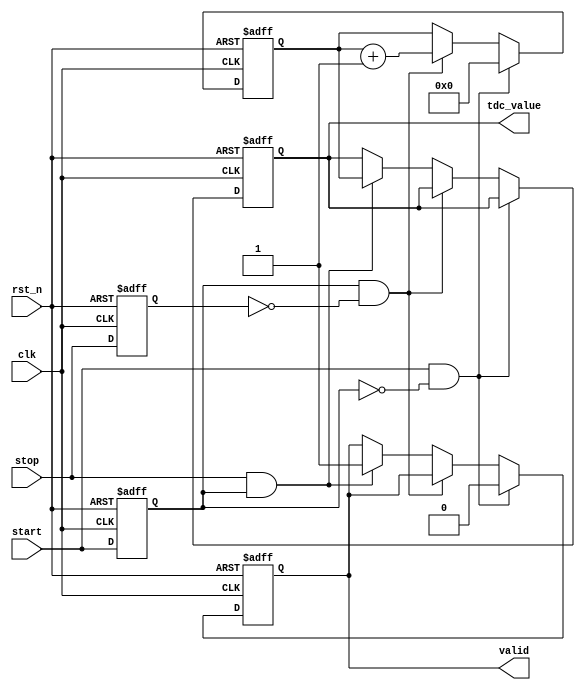
module TDC (
    input wire clk,               // High-frequency sampling clock
    input wire rst_n,             // Active-low reset
    input wire start,             // Start signal
    input wire stop,              // Stop signal
    output reg [15:0] tdc_value,  // Output time interval in clock cycles
    output reg valid              // Output valid flag
);

    parameter N = 16;             // Number of delay stages
    parameter DELAY_WIDTH = 4;    // Width of the delay line (number of bits)
    
    reg [N-1:0] delay_line;       // Delay line
    reg [15:0] counter;            // Counter for clock cycles
    reg start_detected;            // Flag for start detection
    reg stop_detected;             // Flag for stop detection

    // Delay line implementation (simple shift register)
    always @(posedge clk or negedge rst_n) begin
        if (!rst_n) begin
            delay_line <= 0;
        end else if (start_detected) begin
            delay_line <= {delay_line[N-2:0], 1'b1}; // Shift in the start signal
        end else begin
            delay_line <= {delay_line[N-2:0], 1'b0}; // Shift out zeros
        end
    end

    // Edge detection for start and stop signals
    always @(posedge clk or negedge rst_n) begin
        if (!rst_n) begin
            start_detected <= 0;
            stop_detected <= 0;
        end else begin
            start_detected <= start; // Capture start signal
            stop_detected <= stop;   // Capture stop signal
        end
    end

    // Counter logic
    always @(posedge clk or negedge rst_n) begin
        if (!rst_n) begin
            counter <= 0;
            tdc_value <= 0;
            valid <= 0;
        end else if (start && !start_detected) begin
            // Start counting on the rising edge of start
            counter <= 0;
            valid <= 0;
        end else if (start_detected && !stop_detected) begin
            // Count clock cycles while the stop signal is not detected
            counter <= counter + 1;
        end else if (stop && start_detected) begin
            // Stop counting on the rising edge of stop
            tdc_value <= counter;
            valid <= 1; // Indicate valid measurement
        end
    end

endmodule